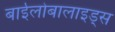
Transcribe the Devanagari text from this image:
बाईलोबालाइड्स